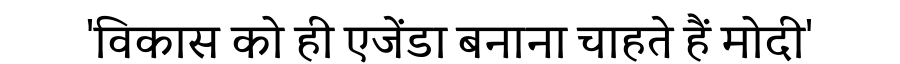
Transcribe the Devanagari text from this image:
'विकास को ही एजेंडा बनाना चाहते हैं मोदी'